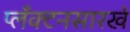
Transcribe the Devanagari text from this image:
प्लँक्टनसारखे